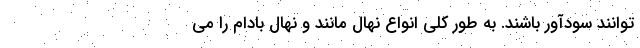
توانند سودآور باشند. به طور کلی انواع نهال مانند و نهال بادام را می